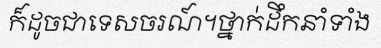
ក៏ដូចជាទេសចរណ៍។ថ្នាក់ដឹកនាំទាំង